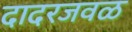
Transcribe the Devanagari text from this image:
दादरजवळ